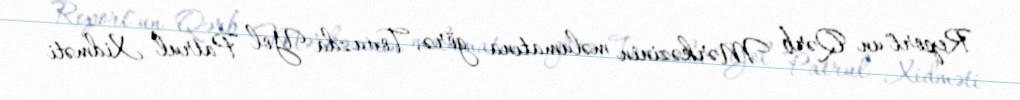
Report"un Qərb Mərkəzinin məlumatına görə, Tovuzda Yol Patrul Xidməti